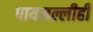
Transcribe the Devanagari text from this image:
पायमल्लीही